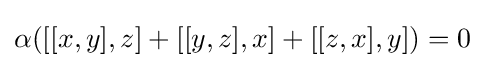
\alpha ([[x,y],z]+[[y,z],x]+[[z,x],y])=0